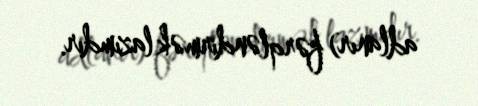
adlanır) fərqləndirmək lazımdır.